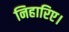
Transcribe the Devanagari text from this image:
निहारिए।